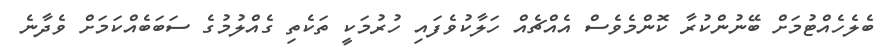
ބެލެހެއްޓުމަށް ބޭނުންކުރާ ކޮންމެވެސް އެއްޗެއް ހަލާކުވެފައި ހުރުމަކީ ތަކެތި ގެއްލުމުގެ ސަބަބެއްކަމަށް ވެދާނެ